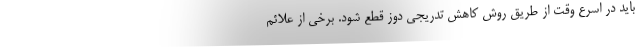
باید در اسرع وقت از طریق روش کاهش تدریجی دوز قطع شود. برخی از علائم